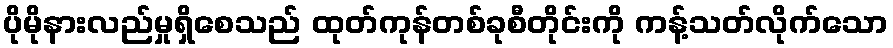
ပိုမိုနားလည်မှုရှိစေသည် ထုတ်ကုန်တစ်ခုစီတိုင်းကို ကန့်သတ်လိုက်သော